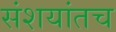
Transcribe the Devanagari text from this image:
संशयांतच